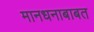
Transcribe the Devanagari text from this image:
मानधनाबाबत